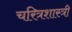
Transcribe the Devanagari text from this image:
चरित्रशास्त्री